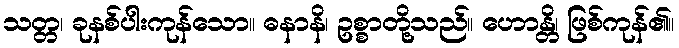
သတ္တ၊ ခုနစ်ပါးကုန်သော။ ဓနာနိ၊ ဥစ္စာတို့သည်။ ဟောန္တိ၊ ဖြစ်ကုန်၏။